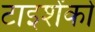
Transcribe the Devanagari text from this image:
टाइशेंको